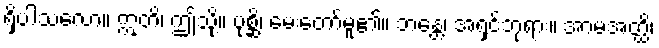
ရှိပါသလော။ ဣတိ၊ ဤသို့။ ပုစ္ဆိ၊ မေးတော်မူ၏။ ဘန္တေ၊ အရှင်ဘုရား။ အာမအတ္ထိ၊